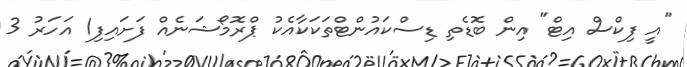
"އީ ފިކްސް އިޓް" އިން ބޮޑެތި ޑިސްކައުންޓްތަކަކާއެކު ޕްރޮމޯޝަނެއް ފަށައިފި1 އަހަރު 3